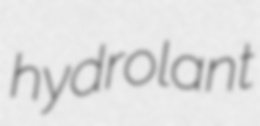
hydrolant